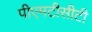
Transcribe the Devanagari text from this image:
पीएमटीसीटी